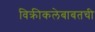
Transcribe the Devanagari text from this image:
विक्रीकलेबाबतची